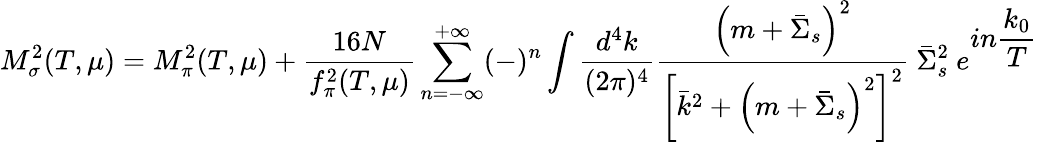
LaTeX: M_{\sigma}^{2}(T,\mu)=M_{\pi}^{2}(T,\mu)+{\frac{16N}{f_{\pi}^{2}(T,\mu)}}\sum_{n=-\infty}^{+\infty}(-)^{n}\int{\frac{d^{4}k}{(2\pi)^{4}}}{\frac{\left(m+{\bar{\Sigma}}_{s}\right)^{2}}{\left[{\bar{k}}^{2}+\left(m+{\bar{\Sigma}}_{s}\right)^{2}\right]^{2}}}~{\bar{\Sigma}}_{s}^{2}~e^{\displaystyle{in{\frac{k_{0}}{T}}}}